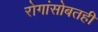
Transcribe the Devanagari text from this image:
रोगांसोबतही